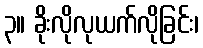
၃။ ခိုးလိုလုယက်လိုခြင်း၊